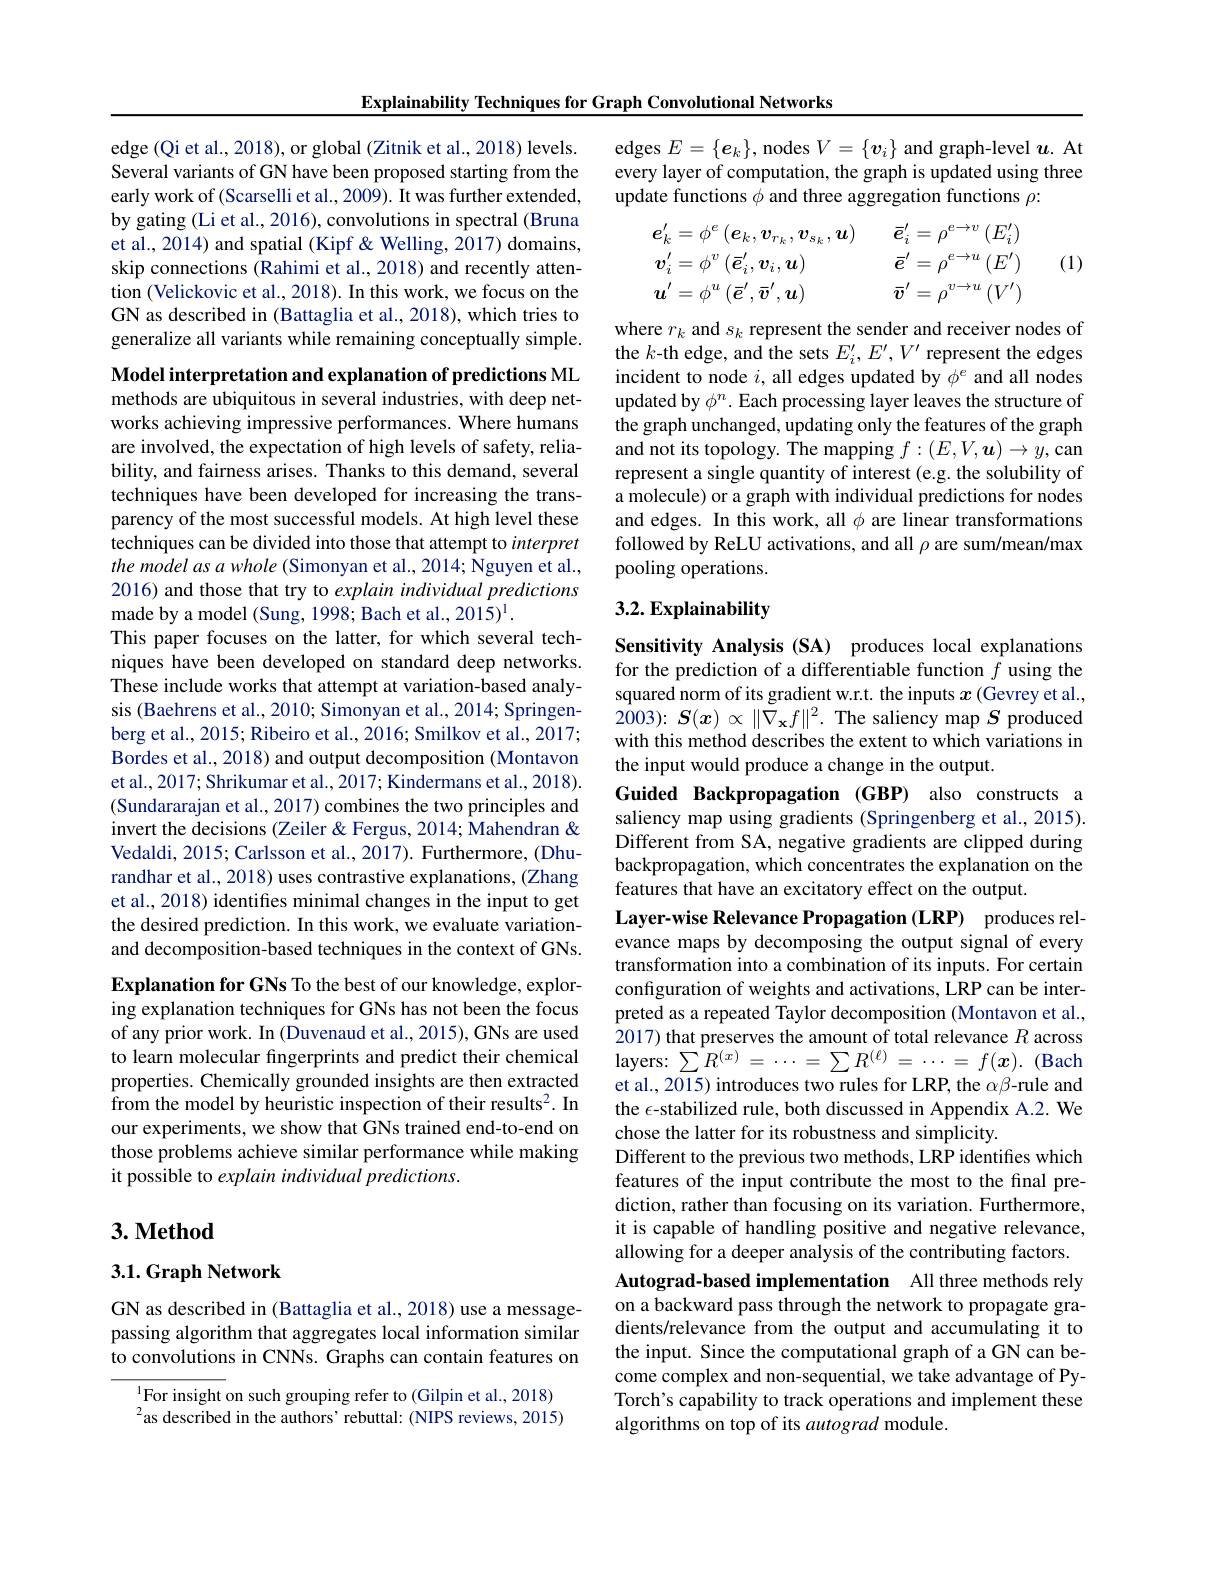
Explainability Techniques for Graph Convolutional Networks

edge (Qi et al., 2018), or global (Zitnik et al., 2018) levels. Several variants of GN have been proposed starting from the early work of (Scarselli et al., 2009). It was further extended, by gating (Li et al., 2016), convolutions in spectral (Bruna et al., 2014) and spatial (Kipf & Welling, 2017) domains, skip connections (Rahimi et al., 2018) and recently attention (Velickovic et al., 2018). In this work, we focus on the GN as described in (Battaglia et al., 2018), which tries to generalize all variants while remaining conceptually simple.

Model interpretation and explanation of predictions ML methods are ubiquitous in several industries, with deep networks achieving impressive performances. Where humans are involved, the expectation of high levels of safety, reliability, and fairness arises. Thanks to this demand, several techniques have been developed for increasing the transparency of the most successful models. At high level these techniques can be divided into those that attempt to interpret the model as a whole (Simonyan et al., 2014; Nguyen et al. , 2016) and those that try to explain individual predictions made by a model (Sung, 1998; Bach et al., 2015)$^{\mathrm{l}}.$
This paper focuses on the latter, for which several techniques have been developed on standard deep networks. These include works that attempt at variation-based analysis (Baehrens et al., 2010; Simonyan et al., 2014; Springenberg et al., 2015; Ribeiro et al., 2016; Smilkov et al., 2017; Bordes et al., 2018) and output decomposition (Montavon et al., 2017; Shrikumar et al., 2017; Kindermans et al., 2018). (Sundararajan et al., 2017) combines the two principles and invert the decisions (Zeiler &Fergus, 2014; Mahendran & Vedaldi, 2015; Carlsson et al., 2017). Furthermore, (Dhurandhar et al., 2018) uses contrastive explanations, (Zhang et al., 2018) identifes minimal changes in the input to get the desired prediction. In this work, we evaluate variationand decomposition-based techniques in the context of GNs. Explanation for GNs To the best of our knowledge, exploring explanation techniques for GNs has not been the focus of any prior work. In (Duvenaud et al., 2015), GNs are used to learn molecular fingerprints and predict their chemical

properties. Chemically grounded insights are then extracted from the model by heuristic inspection of their results$^2.$ In our experiments, we show that GNs trained end-to-end on those problems achieve similar performance while making it possible to explain individual predictions.

## $3. \textbf{Method}$

3.1.Graph Network

GN as described in (Battaglia et al., 2018) use a messagepassing algorithm that aggregates local information similar to convolutions in CNNs. Graphs can contain features on

$^{1}$For insight on such grouping refer to (Gilpin et al., 2018) $^{2}$as described in the authors' rebuttal: (NIPS reviews, 2015)

edges $E=\{\boldsymbol{e}_k\}$, nodes $V=\{\boldsymbol v_i\}$ and graph-level $\boldsymbol u.$ At every layer of computation, the graph is updated using three update functions $\phi$ and three aggregation functions $\rho:$
$$\begin{aligned}&\boldsymbol{e}_{k}^{\prime}=\phi^{e}\left(\boldsymbol{e}_{k},\boldsymbol{v}_{r_{k}},\boldsymbol{v}_{s_{k}},\boldsymbol{u}\right)&&\bar{\boldsymbol{e}}_{i}^{\prime}=\rho^{e\to v}\left(E_{i}^{\prime}\right)\\&\boldsymbol{v}_{i}^{\prime}=\phi^{v}\left(\bar{\boldsymbol{e}}_{i}^{\prime},\boldsymbol{v}_{i},\boldsymbol{u}\right)&&\bar{\boldsymbol{e}}^{\prime}=\rho^{e\to u}\left(E^{\prime}\right)\\&\boldsymbol{u}^{\prime}=\phi^{u}\left(\bar{\boldsymbol{e}}^{\prime},\bar{\boldsymbol{v}}^{\prime},\boldsymbol{u}\right)&&\bar{\boldsymbol{v}}^{\prime}=\rho^{v\to u}\left(V^{\prime}\right)\\\end{aligned}$$
(1)

where $r_k$ and $s_k$ represent the sender and receiver nodes of the $k$-th edge, and the sets $E_i^\prime,E^{\prime},V^{\prime}$ represent the edges incident to node $i$, all edges updated by $\phi^e$ and all nodes updated by $\phi^n.$ Each processing layer leaves the structure of the graph unchanged, updating only the features of the graph and not its topology. The mapping $f:(E,V,\boldsymbol{u})\to y$,can represent a single quantity of interest (e.g. the solubility of a molecule) or a graph with individual predictions for nodes and edges. In this work, all $\phi$ are linear transformations followed by ReLU activations, and all $\rho$ are sum/mean/max pooling operations.

## $3. 2. \textbf{Explainability}$

Sensitivity Analysis (SA) produces local explanations for the prediction of a differentiable function $f$ using the squared norm of its gradient w.r.t. the inputs $x$ (Gevrey et al., 2003): $S(x)\propto\|\dot{\nabla}_{\mathbf{x}}f\|^{2}.$ The saliency map $S$ produced with this method describes the extent to which variations in the input would produce a change in the output.
Guided Backpropagation (GBP) also constructs a saliency map using gradients (Springenberg et al., 2015). Different from SA, negative gradients are clipped during backpropagation, which concentrates the explanation on the features that have an excitatory effect on the output.
Layer-wise Relevance Propagation (LRP) produces relevance maps by decomposing the output signal of every transformation into a combination of its inputs. For certain configuration of weights and activations, LRP can be interpreted as a repeated Taylor decomposition (Montavon et al., 2017) that preserves the amount of total relevance $R$ across layers: $\sum R^{(x)}=\cdots=\sum R^{(\ell)}=\cdots=f(x).$ (Bach et al., 2015) introduces two rules for LRP, the $\alpha\beta$-rule and the $\epsilon$-stabilized rule, both discussed in Appendix A.2. We chose the latter for its robustness and simplicity.
Different to the previous two methods, LRP identifies which features of the input contribute the most to the final prediction, rather than focusing on its variation. Furthermore, it is capable of handling positive and negative relevance, allowing for a deeper analysis of the contributing factors. Autograd-based implementation All three methods rely on a backward pass through the network to propagate gradients/relevance from the output and accumulating it to the input. Since the computational graph of a GN can become complex and non-sequential, we take advantage of PyTorch's capability to track operations and implement these algorithms on top of its autograd module.